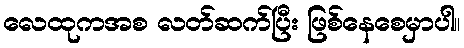
လေထုကအစ လတ်ဆက်ပြီး ဖြစ်နေစေမှာပါ။